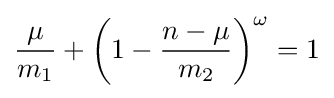
{\frac {\mu }{m_{1}}}+\left(1-{\frac {n-\mu }{m_{2}}}\right)^{\omega }=1